Insane asylums in Bengal annual reports 1867-1875 - 1867-1875
Year: 1867
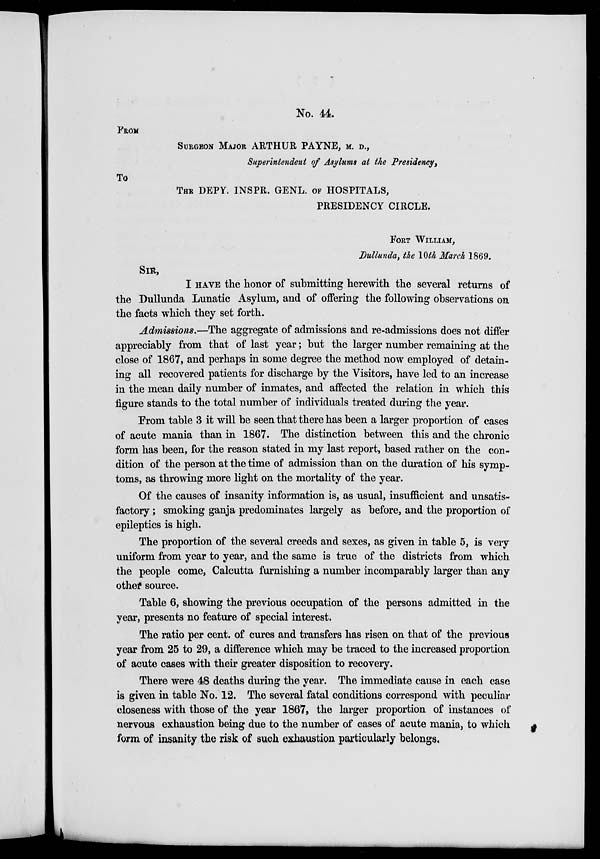
No. 44.
FROM
SURGEON MAJOR ARTHUR PAYNE, M. D.,
Superintendent of Asylums at the Presidency,
To
THE DEPY. INSPR. GENL. OF HOSPITALS,
PRESIDENCY CIRCLE.
FORT WILLIAM,
Dullunda, the 10th March 1869.
SIR,
I HAVE the honor of submitting herewith the several returns of
the Dullunda Lunatic Asylum, and of offering the following observations on
the facts which they set forth.
Admissions.—The aggregate of admissions and re-admissions does not differ
appreciably from that of last year; but the larger number remaining at the
close of 1867, and perhaps in some degree the method now employed of detain-
ing all recovered patients for discharge by the Visitors, have led to an increase
in the mean daily number of inmates, and affected the relation in which this
figure stands to the total number of individuals treated during the year.
From table 3 it will be seen that there has been a larger proportion of cases
of acute mania than in 1867. The distinction between this and the chronic
form has been, for the reason stated in my last report, based rather on the con-
dition of the person at the time of admission than on the duration of his symp-
toms, as throwing more light on the mortality of the year.
Of the causes of insanity information is, as usual, insufficient and unsatis-
factory ; smoking ganja predominates largely as before, and the proportion of
epileptics is high.
The proportion of the several creeds and sexes, as given in table 5, is very
uniform from year to year, and the same is true of the districts from which
the people come, Calcutta furnishing a number incomparably larger than any
other source.
Table 6, showing the previous occupation of the persons admitted in the
year, presents no feature of special interest.
The ratio per cent. of cures and transfers has risen on that of the previous
year from 25 to 29, a difference which may be traced to the increased proportion
of acute cases with their greater disposition to recovery.
There were 48 deaths during the year. The immediate cause in each case
is given in table No. 12. The several fatal conditions correspond with peculiar
closeness with those of the year 1867, the larger proportion of instances of
nervous exhaustion being due to the number of cases of acute mania, to which
form of insanity the risk of such exhaustion particularly belongs.